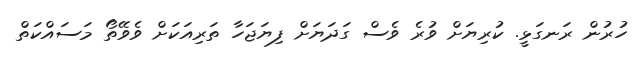
ހުރުން ރަނގަޅީ. ކުރިޔަށް ވުރެ ވެސް ގަދަޔަށް ފިޔަޖަހާ ތަރިއަކަށް ވެވޭތޯ މަސައްކަތް